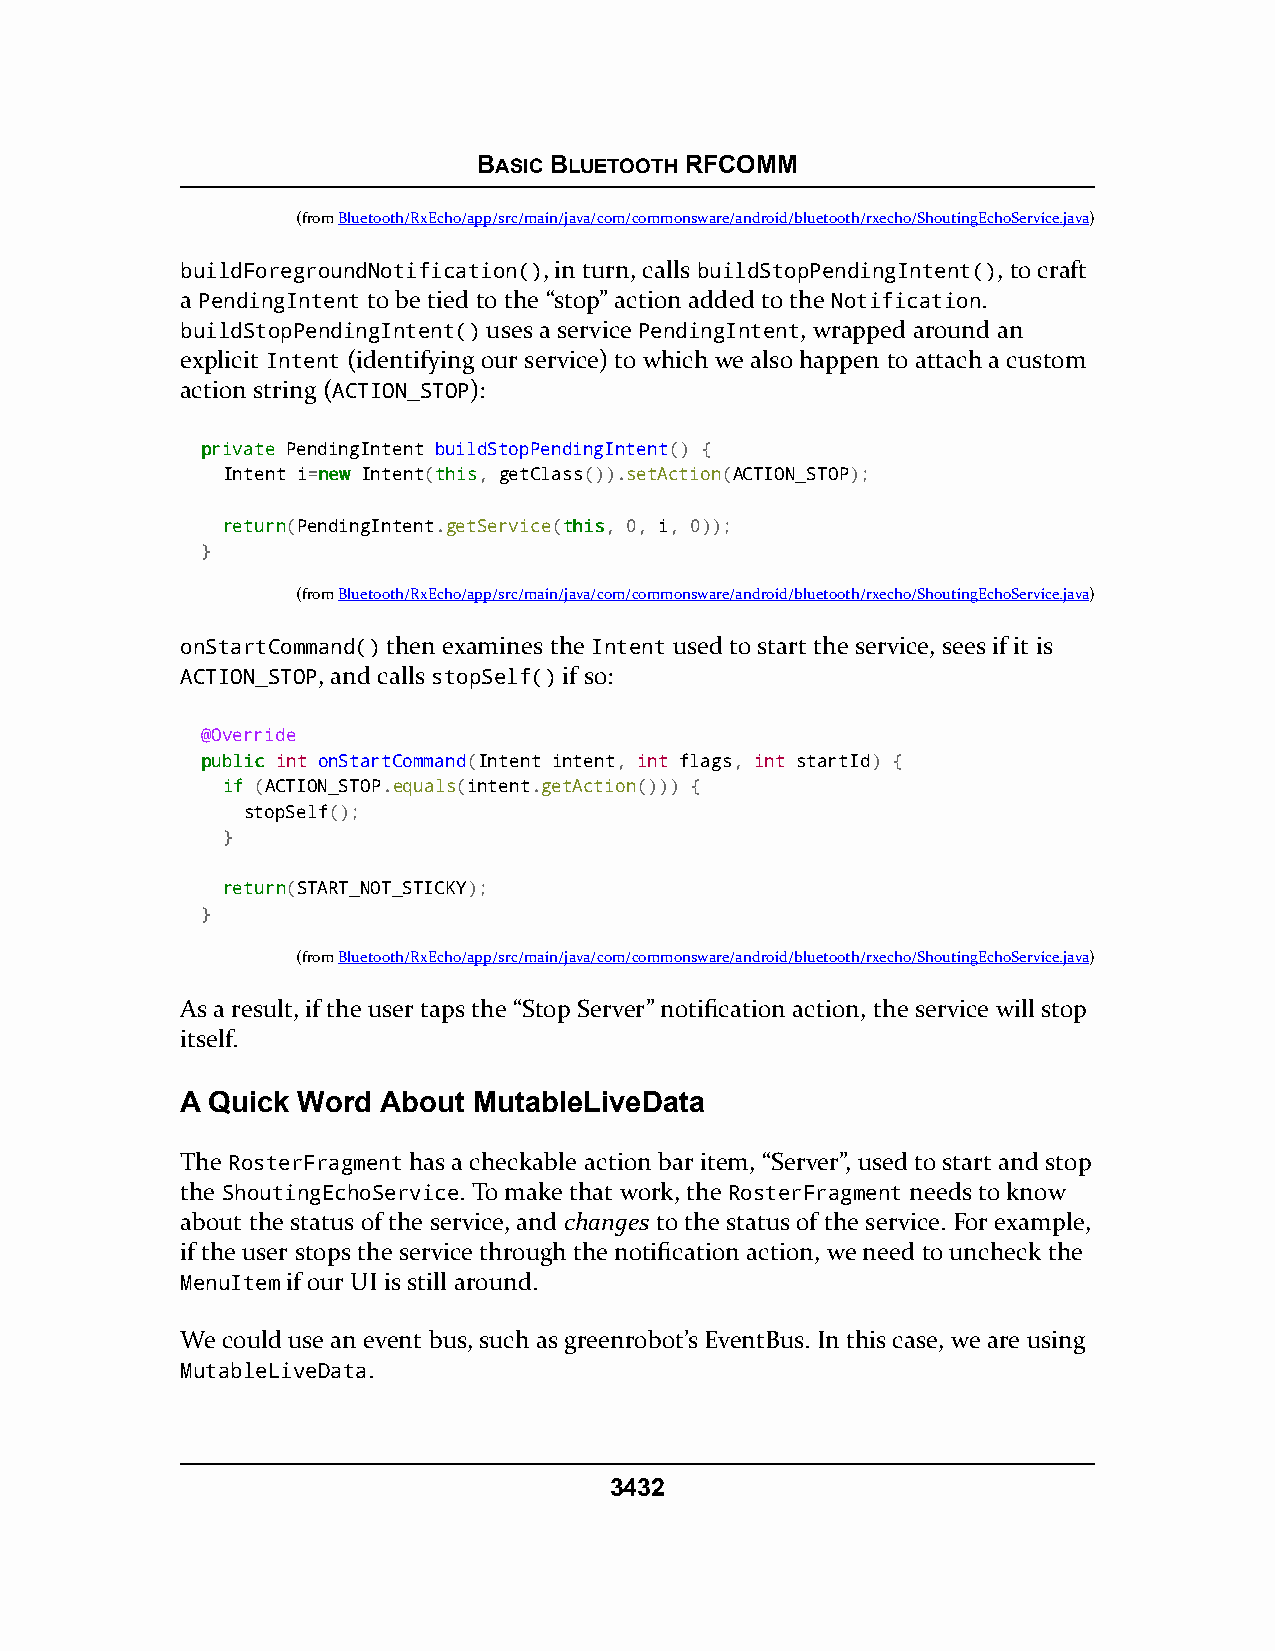
BASIC BLUETOOTH RFCOMM
 (fromBluetooth/RxEcho/app/src/main/java/com/commonsware/android/bluetooth/rxecho/ShoutingEchoService.java)
 buildForegroundNotification(), in turn, calls buildStopPendingIntent(), to craft
 a PendingIntent to be tied to the “stop” action added to the Notification.
 buildStopPendingIntent() uses a service PendingIntent, wrapped around an
 explicit Intent (identifying our service) to which we also happen to attach a custom
 action string (ACTION_STOP):
 pprriivvaattee PendingIntent buildStopPendingIntent() {
 Intent i=nneeww Intent(tthhiiss, getClass()).setAction(ACTION_STOP);
 rreettuurrnn(PendingIntent.getService(tthhiiss, 0, i, 0));
 }
 (fromBluetooth/RxEcho/app/src/main/java/com/commonsware/android/bluetooth/rxecho/ShoutingEchoService.java)
 onStartCommand() then examines the Intent used to start the service, sees if it is
 ACTION_STOP, and calls stopSelf() if so:
 @Override
 ppuubblliicc int onStartCommand(Intent intent, int flags, int startId) {
 iiff (ACTION_STOP.equals(intent.getAction())) {
 stopSelf();
 }
 rreettuurrnn(START_NOT_STICKY);
 }
 (fromBluetooth/RxEcho/app/src/main/java/com/commonsware/android/bluetooth/rxecho/ShoutingEchoService.java)
 As a result, if the user taps the “Stop Server” notification action, the service will stop
 itself.
 A Quick Word About MutableLiveData
 The RosterFragment has a checkable action bar item, “Server”, used to start and stop
 the ShoutingEchoService. To make that work, the RosterFragment needs to know
 about the status of the service, and changes to the status of the service. For example,
 if the user stops the service through the notification action, we need to uncheck the
 MenuItem if our UI is still around.
 We could use an event bus, such as greenrobot’s EventBus. In this case, we are using
 MutableLiveData.
 3432